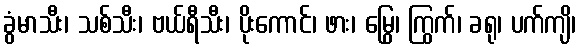
ခွံမာသီး၊ သစ်သီး၊ ဗယ်ရီသီး၊ ပိုးကောင်၊ ဖား၊ မြွေ၊ ကြွက်၊ ခရု၊ ပက်ကျိ၊